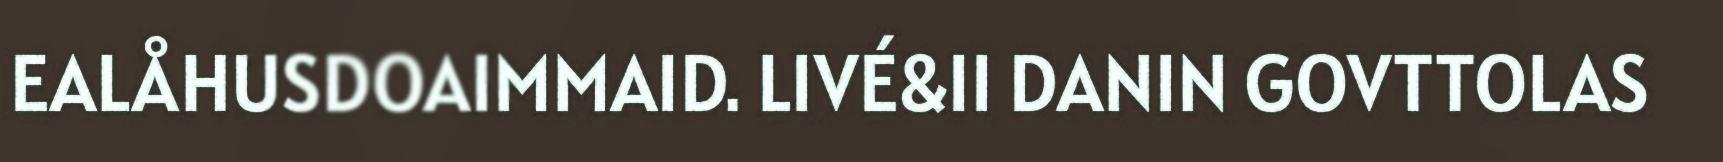
EALÅHUSDOAIMMAID. LIVÉ&II DANIN GOVTTOLAS